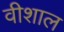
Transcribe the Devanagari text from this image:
वीशाल